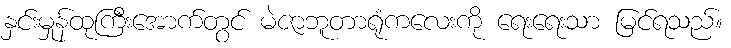
နှင်းမှုန်ထုကြီးအောက်တွင် မဲဇာဘူတာရုံကလေးကို ရေးရေးသာ မြင်ရသည်။